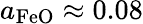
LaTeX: a_{\mathrm{FeO}}\approx 0.08